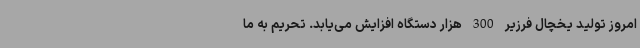
امروز تولید یخچال فرزیر 300 هزار دستگاه افزایش می‌یابد. تحریم به ما